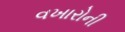
વખારોની